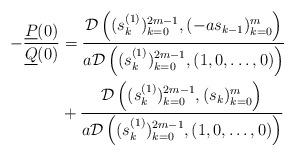
LaTeX: \begin{align*}-\frac{\underline{P}(0)}{\underline{Q}(0)} &= \frac{\mathcal{D}\left((s^{(1)}_{k})_{k=0}^{2m-1}, (-as_{k-1})_{k=0}^{m} \right)}{a\mathcal{D}\left((s^{(1)}_{k})_{k=0}^{2m-1}, (1,0,\ldots,0)\right)} \\ &+ \frac{\mathcal{D}\left((s^{(1)}_{k})_{k=0}^{2m-1}, (s_k)_{k=0}^{m} \right)}{a\mathcal{D}\left((s^{(1)}_{k})_{k=0}^{2m-1}, (1,0,\ldots,0)\right)}\end{align*}